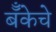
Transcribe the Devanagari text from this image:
बॅँकेचे